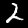
Label: 2